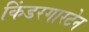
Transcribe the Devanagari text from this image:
किंडरगारटेन